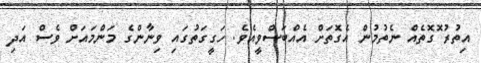
އިތުރު ޮގޮތެއް ނެތުމުން އެގޮތަށް އެއްބަސްވީއެވެ. ހަގީގަތުގައި ވިނާންގެ މަންމައަށް ވެސް އަދި